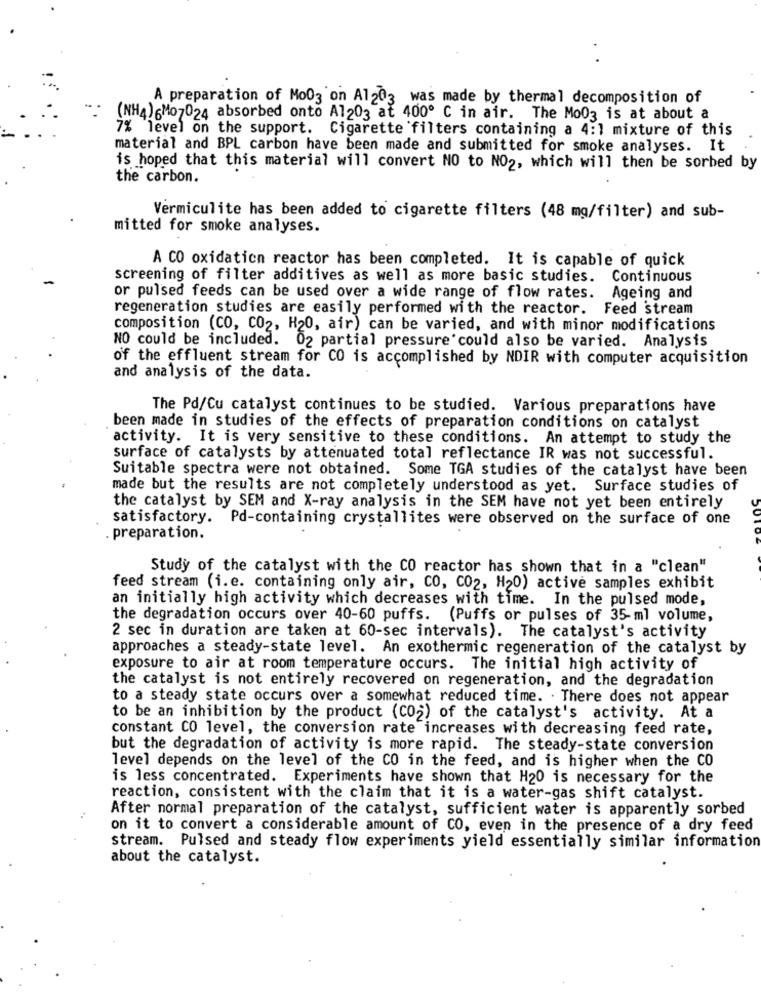
A preparation of Mo03 on Al203 was made by thermal decomposition of
(NH4)6Mo7024 absorbed onto Al203 at 400º C in air. The Mo03 is at about a
7% level on the support. Cigarette filters containing a 4:1 mixture of this
material and BPL carbon have been made and submitted for smoke analyses. It
is hoped that this material will convert NO to NO2, which will then be sorbed by
the carbon.
Vermiculite has been added to cigarette filters (48 mg/filter) and sub-
mitted for smoke analyses.
A CO oxidation reactor has been completed. It is capable of quick
screening of filter additives as well as more basic studies. Continuous
or pulsed feeds can be used over a wide range of flow rates.
Ageing and
regeneration studies are easily performed with the reactor. Feed stream
composition (CO, CO2, H20, air) can be varied, and with minor modifications
NO could be included. 02 partial pressure could also be varied. Analysis
of the effluent stream for CO is accomplished by NDIR with computer acquisition
and analysis of the data.
The Pd/Cu catalyst continues to be studied. Various preparations have
been made in studies of the effects of preparation conditions on catalyst
activity. It is very sensitive to these conditions. An attempt to study the
surface of catalysts by attenuated total reflectance IR was not successful.
Suitable spectra were not obtained. Some TGA studies of the catalyst have been
made but the results are not completely understood as yet. Surface studies of
the catalyst by SEM and X-ray analysis in the SEM have not yet been entirely
satisfactory. Pd-containing crystallites were observed on the surface of one
preparation.
Study of the catalyst with the CO reactor has shown that in a "clean"
feed stream (i.e. containing only air, CO, CO2, H20) active samples exhibit
an initially high activity which decreases with time. In the pulsed mode,
the degradation occurs over 40-60 puffs. (Puffs or pulses of 35-ml volume,
2 sec in duration are taken at 60-sec intervals). The catalyst's activity
approaches a steady-state level. An exothermic regeneration of the catalyst by
exposure to air at room temperature occurs. The initial high activity of
the catalyst is not entirely recovered on regeneration, and the degradation
to a steady state occurs over a somewhat reduced time. . There does not appear
to be an inhibition by the product (CO2) of the catalyst's activity. At a
constant CO level, the conversion rate increases with decreasing feed rate,
but the degradation of activity is more rapid. The steady-state conversion
level depends on the level of the CO in the feed, and is higher when the CO
is less concentrated. Experiments have shown that H20 is necessary for the
reaction, consistent with the claim that it is a water-gas shift catalyst.
After normal preparation of the catalyst, sufficient water is apparently sorbed
on it to convert a considerable amount of CO, even in the presence of a dry feed
stream. Pulsed and steady flow experiments yield essentially similar information
about the catalyst.